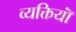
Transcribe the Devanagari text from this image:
व्यक्तियॉं